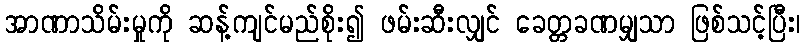
အာဏာသိမ်းမှုကို ဆန့်ကျင်မည်စိုး၍ ဖမ်းဆီးလျှင် ခေတ္တခဏမျှသာ ဖြစ်သင့်ပြီး၊